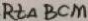
R t \Delta B C M